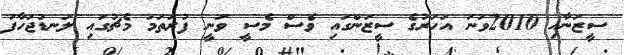
ސީޒަނާއި 2010ވަނަ އަހަރުގެ ސީޒަންގައި ވެސް މެސީ ވަނީ ފުރަތަމަ މެޗުގައި ލަނޑުޖަހާފަ